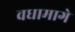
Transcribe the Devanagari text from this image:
वधामागे